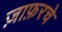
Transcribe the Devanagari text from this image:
ज़ाफ़रचे